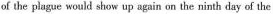
of the plague would show up again on the ninth day of the